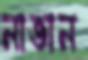
নাভান